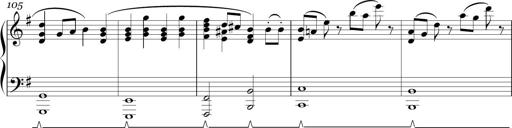
Title: Sonatina in E minor
Composer: Shuwen Zhang
Key: E minor